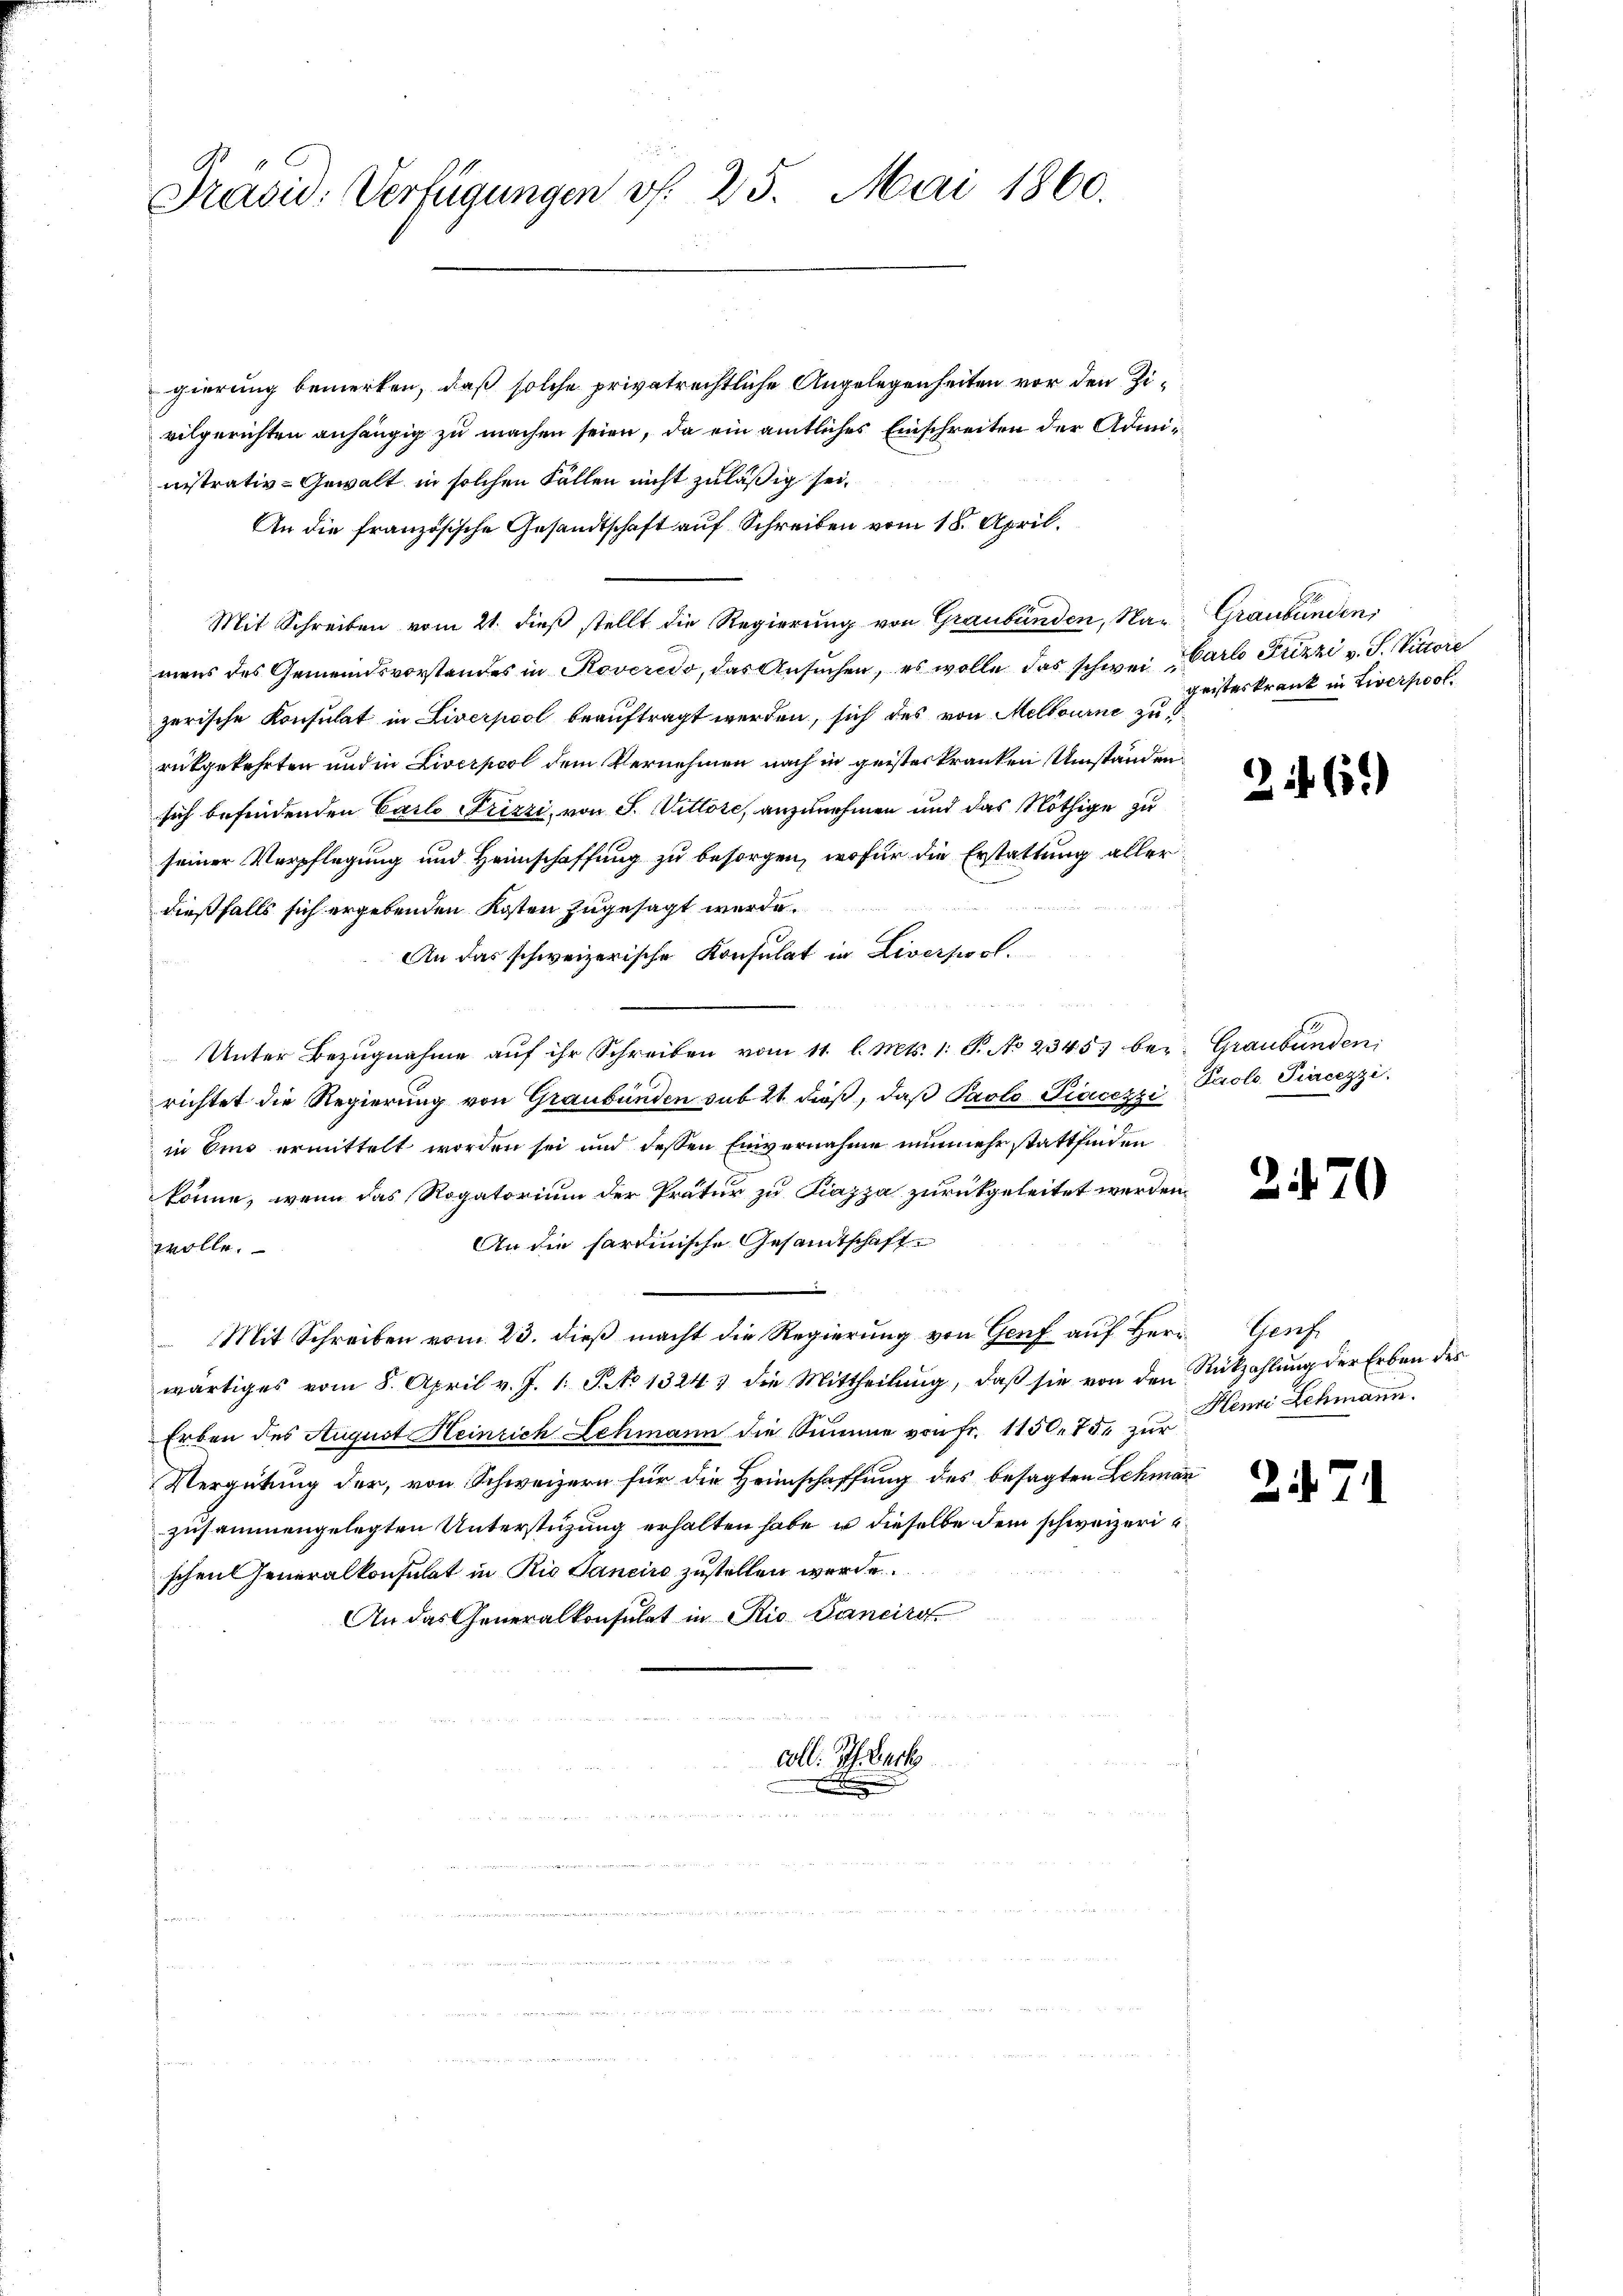
Präsid. Verfügungen v. 25. Mai 1860.

gierung bemerken, daß solche privatrechtliche Angelegenheiten vor den Zivilgerichten anhängig zu machen seien, da ein amtliches Einschreiten der Administrativ-Gewalt in solchen Fällen nicht zuläßig sei.
An die französische Gesandtschaft auf Schreiben vom 18. April.
Mit Schreiben vom 21. dieß stellt die Regierung von Graubünden, Namens des Gemeindsvorstandes in Roveredo, das Ansuchen, es wolle das schwei Carl Frizzi v. J. Victore
zerische Konsulat in Liverpool beauftragt werden, sich des von Melbourne zu
rükgekehrten und in Liverpool dem Vernehmen nach in geisteskranken Umständen
sich befindenden Carlo Frizzi, von S. Vittore, anzunehmen und das Nöthige zu
seiner Verpflegung und Heimschaffung zu besorgen, wofür die Erstattung allerdießfalls sich ergebenden Kosten zugesagt wurde.
An das schweizerische Konsulat in Liversort.
Unter Bezŭgnahme aŭf ihr Schreiben vom 11. l. Mts. 1. P. No 23457 bei Graubünden
richtet die Regierung von Graubünden sub 21 dieß, daß Paolo Piacezzi
in Sind ermittelt worden sei und dessen Einvernahme nunmehr stattfinden
könne, wenn das Rogatorium der Prätur zu Piazza zurückgeleitet werden,
An die hartinische Gesamtschaft
wolle.
Mit Schreiben vom 23. dieβ macht die Regierŭng von Genf aŭf herr Genf
wärtiges vom 8. April v. J. 1. J. No 13243 die Mittheilung, daß sie von den Rückzahlung der Erben des
Erben des August Heinrich Lehmann die Summe von Fr. 1150. 75. zur Henni Lehmann.
Vergütung der, von Schweizern für die Heimschaffung des besagten Lehman
zusammengelegten Unterstüzung erhalten habe er dieselbe dem schweizerischen Generalkonsulat in Rio Sancire zustellen werde
An das Generalkonsulat in Rio Sancire

u

coll. P. Luck
F

Graubünden,
geisteskrank in Liverpool.

269)

Paols Piecezzi.

270

2

.